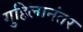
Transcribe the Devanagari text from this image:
गुहिलानंतर